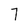
Character: 7